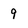
Character: 9